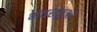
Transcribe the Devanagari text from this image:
भंवरकुआ